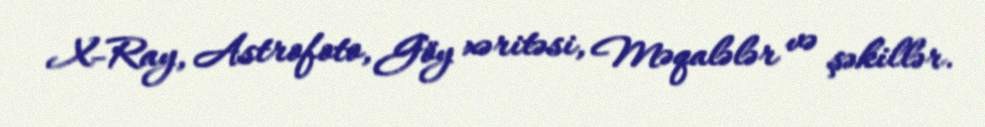
X-Ray, Astrofoto, Göy xəritəsi, Məqalələr və şəkillər.